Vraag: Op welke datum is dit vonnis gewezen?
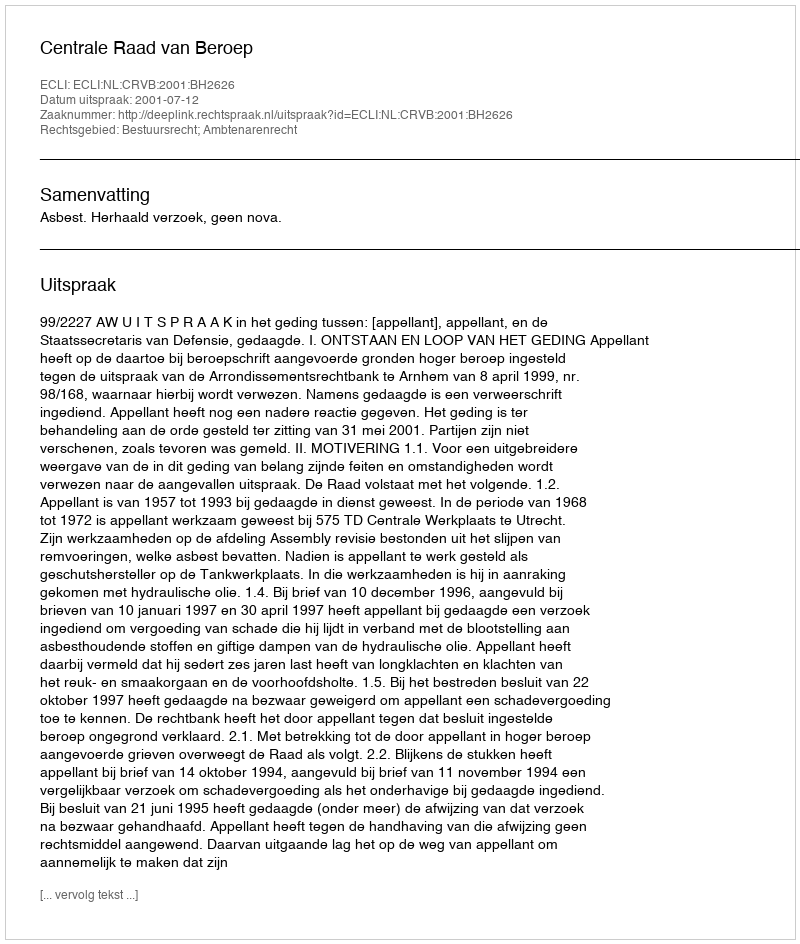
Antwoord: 2001-07-12